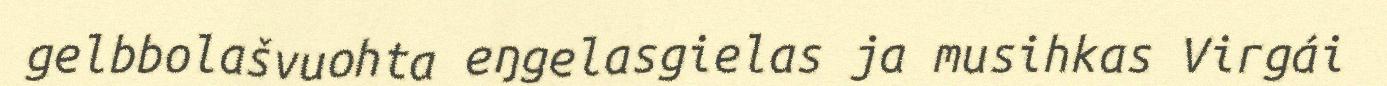
gelbbolašvuohta eŋgelasgielas ja musihkas Virgái